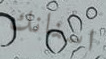
اسنانك